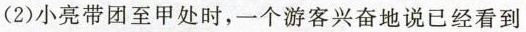
(2)小亮带团至甲处时，一个游客兴奋地说已经看到